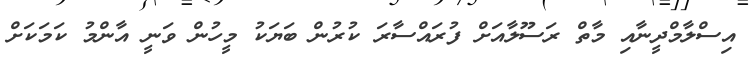
އިސްލާމްދީނާއި މާތް ރަސޫލާއަށް ފުރައްސާރަ ކުރުން ބަޔަކު މީހުން ވަނީ އާންމު ކަމަކަށް